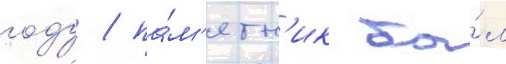
году / па́м'ятн'ик бы́л